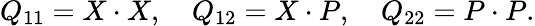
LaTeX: Q_{11}=X\cdot X,\quad Q_{12}=X\cdot P,\quad Q_{22}=P\cdot P.